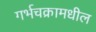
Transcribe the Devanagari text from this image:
गर्भचक्रामधील